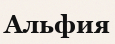
Альфия